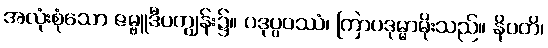
အလုံးစုံသော ဇမ္ဗူဒီပကျွန်း၌။ ပဒုပ္ပဝဿံ၊ ကြာပဒုမ္မာမိုးသည်။ နိပတိ၊